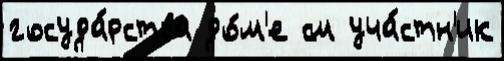
госуда́рства до́м'е см уча́стн'ик